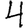
Digit: 4